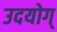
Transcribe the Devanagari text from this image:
उदयोग्